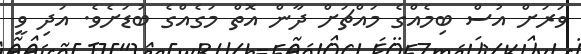
ވަރަށް އުސް ބިމެއްގެ މައްޗަށް ދާން އޮތް މަގެއްގެ ބުޑަށެވެ. އަދި ވީ